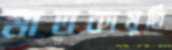
মাতৃকামূর্তি